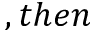
, t h e n